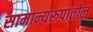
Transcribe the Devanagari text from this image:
सामान्यरूपातील